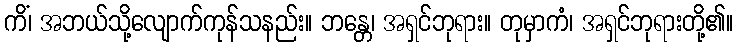
ကိံ၊ အဘယ်သို့လျောက်ကုန်သနည်း။ ဘန္တေ၊ အရှင်ဘုရား။ တုမှာကံ၊ အရှင်ဘုရားတို့၏။